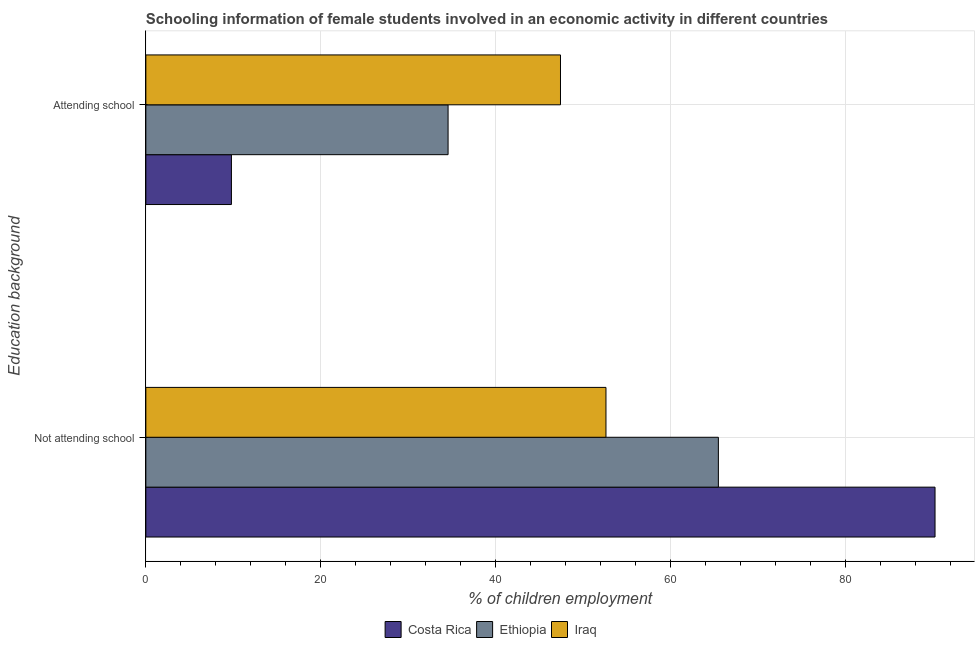
| Education background | Costa Rica | Ethiopia | Iraq |
 | --- | --- | --- | --- |
 | Not attending school | 90.2 | 65.4 | 52.6 |
 | Attending school | 9.78 | 34.6 | 47.4 |